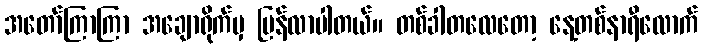
အတော်ကြာကြာ အချောရိုက်မှ ပြန်လာပါတယ်။ တစ်ခါတလေတော့ နေ့တစ်နာရီလောက်